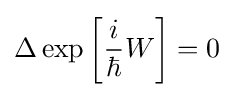
\Delta \exp \left[{\frac {i}{\hbar }}W\right]=0